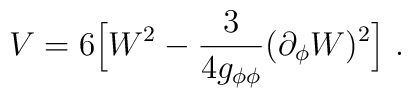
V=6 \Big[W^2-{3\over{4g_{\phi \phi}}} (\partial_\phi W)^2 \Big]\ .